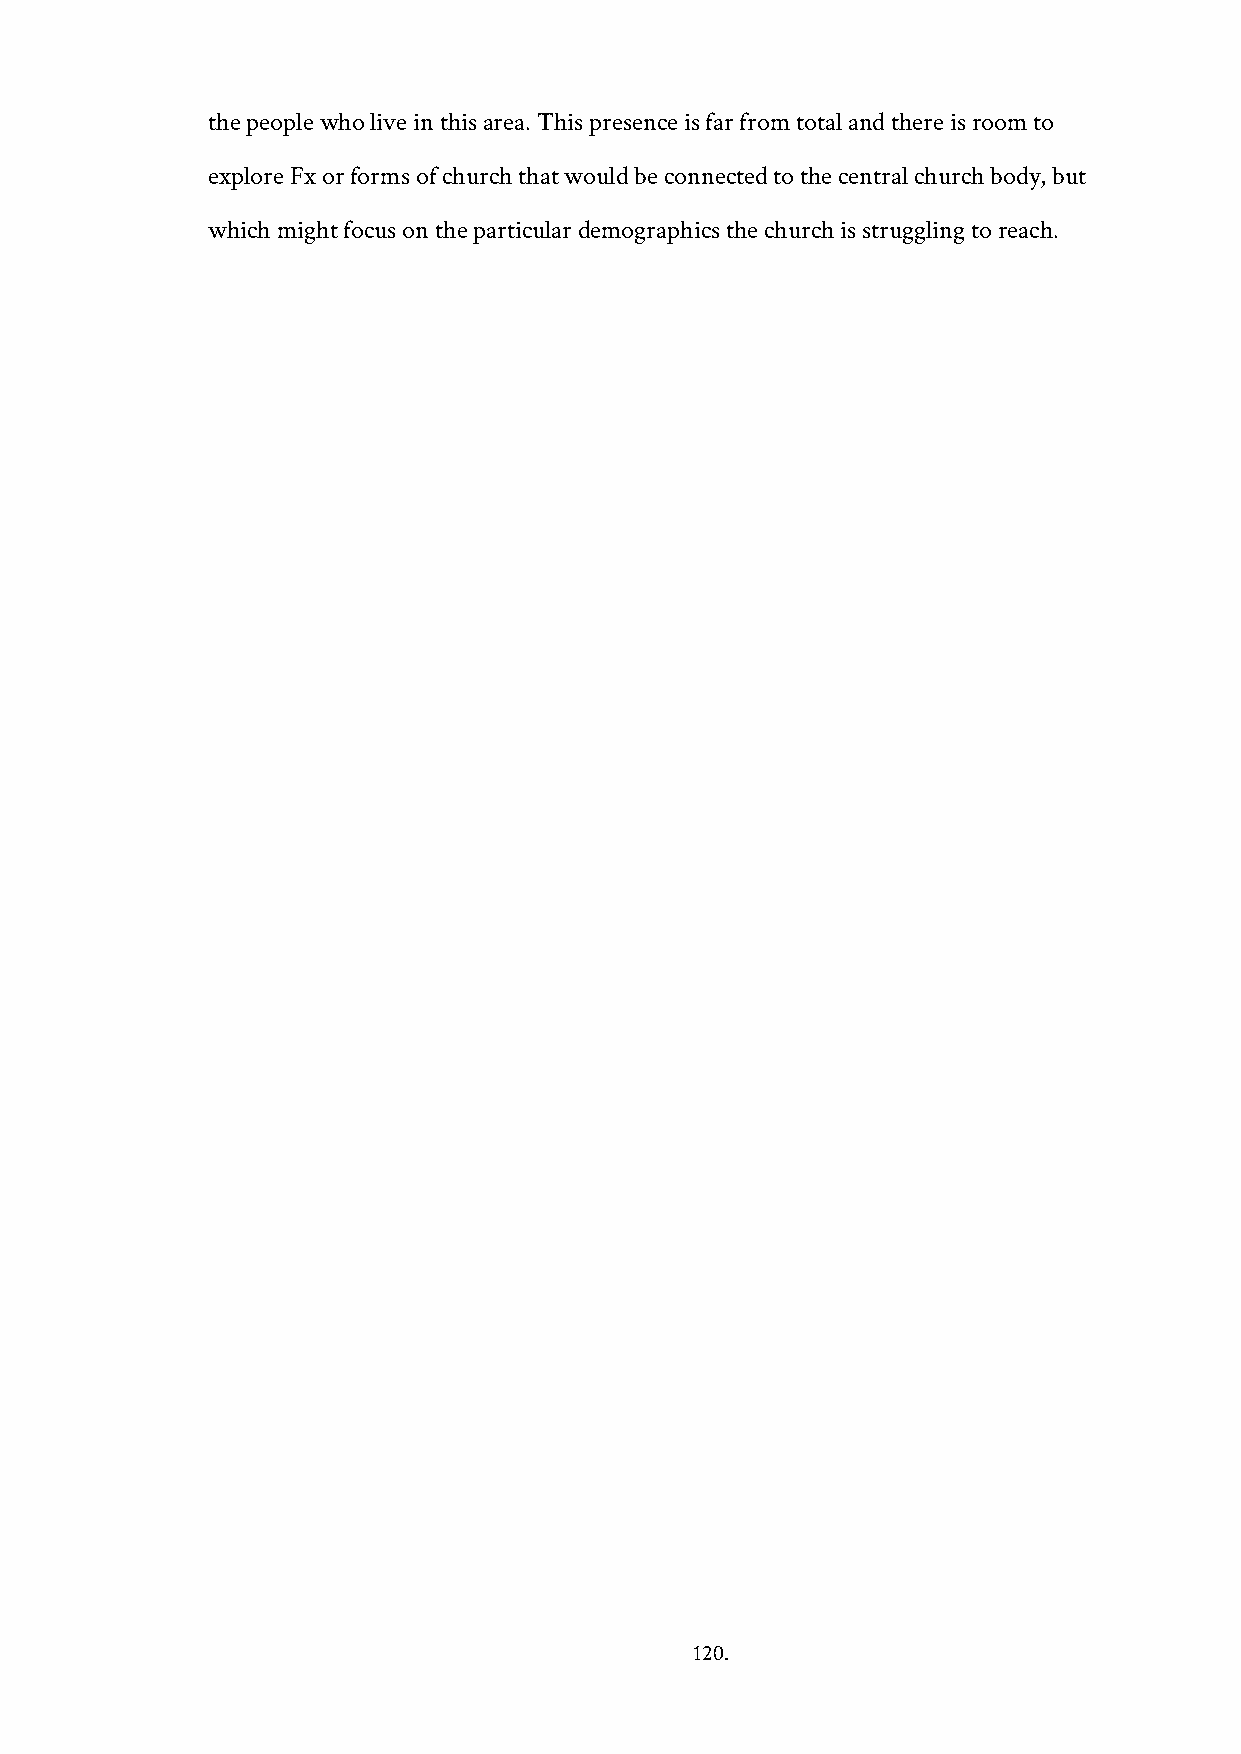
the people who live in this area. This presence is far from total and there is room to
 explore Fx or forms of church that would be connected to the central church body, but
 which might focus on the particular demographics the church is struggling to reach.
 120.